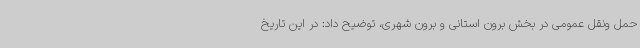
حمل ونقل عمومی در بخش برون استانی و برون شهری، توضیح داد: در این تاریخ